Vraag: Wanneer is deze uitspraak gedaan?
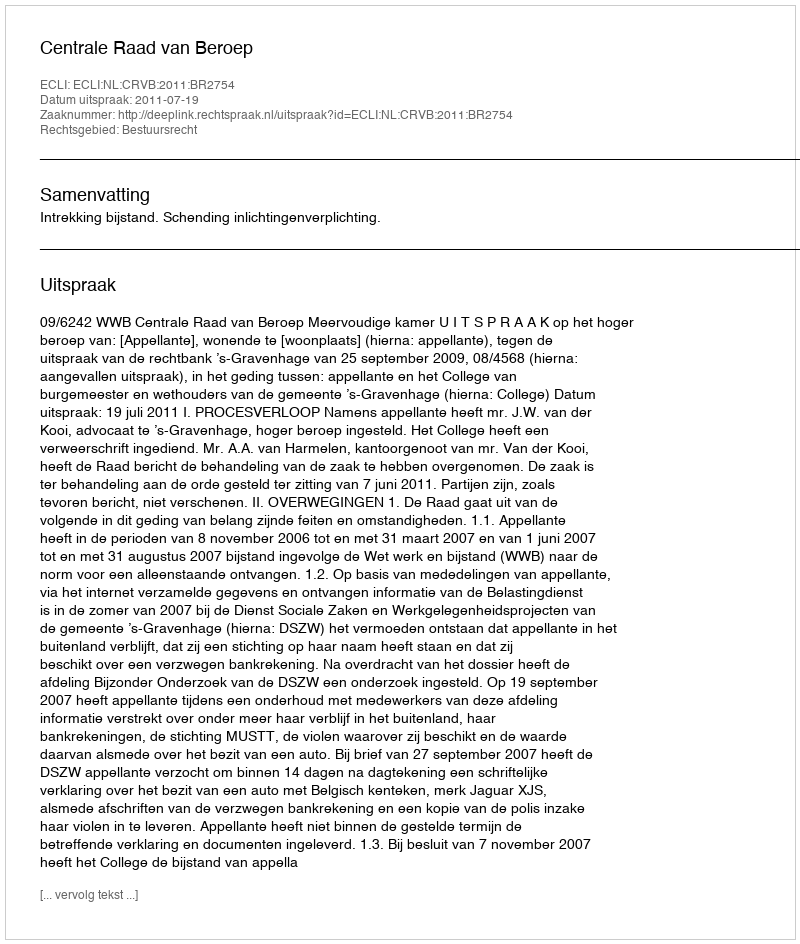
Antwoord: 2011-07-19